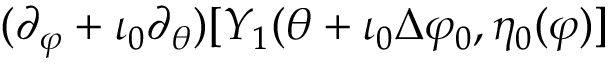
( \partial _ { \varphi } + \iota _ { 0 } \partial _ { \theta } ) [ Y _ { 1 } ( \theta + \iota _ { 0 } \Delta \varphi _ { 0 } , \eta _ { 0 } ( \varphi ) ]